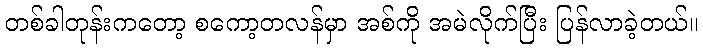
တစ်ခါတုန်းကတော့ စကော့တလန်မှာ အစ်ကို အမဲလိုက်ပြီး ပြန်လာခဲ့တယ်။